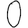
Digit: 0